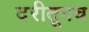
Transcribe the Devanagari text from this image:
दरीतूनच